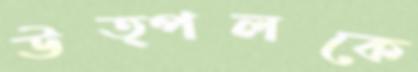
উত্পলকে